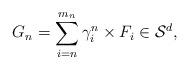
LaTeX: \begin{align*}G_{n}=\sum_{i=n}^{m_{n}}\gamma _{i}^{n}\times F_{i}\in \mathcal{S}^d,\end{align*}